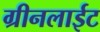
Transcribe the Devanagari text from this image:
ग्रीनलाईट